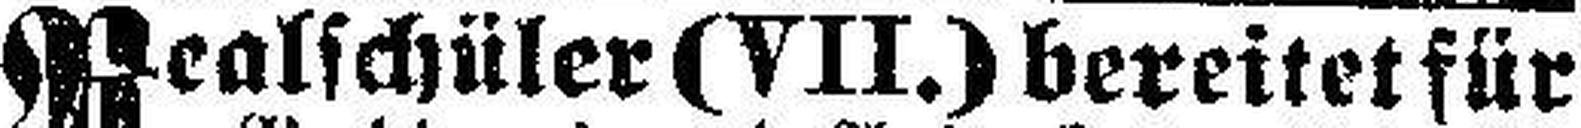
Realschüler (VII.) bereitet für